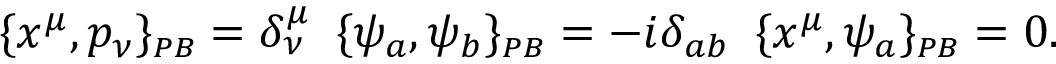
\{ x ^ { \mu } , p _ { \nu } \} _ { \scriptscriptstyle { P B } } = \delta _ { \nu } ^ { \mu } \, \ \{ \psi _ { a } , \psi _ { b } \} _ { \scriptscriptstyle { P B } } = - i \delta _ { a b } \, \ \{ x ^ { \mu } , \psi _ { a } \} _ { \scriptscriptstyle { P B } } = 0 .